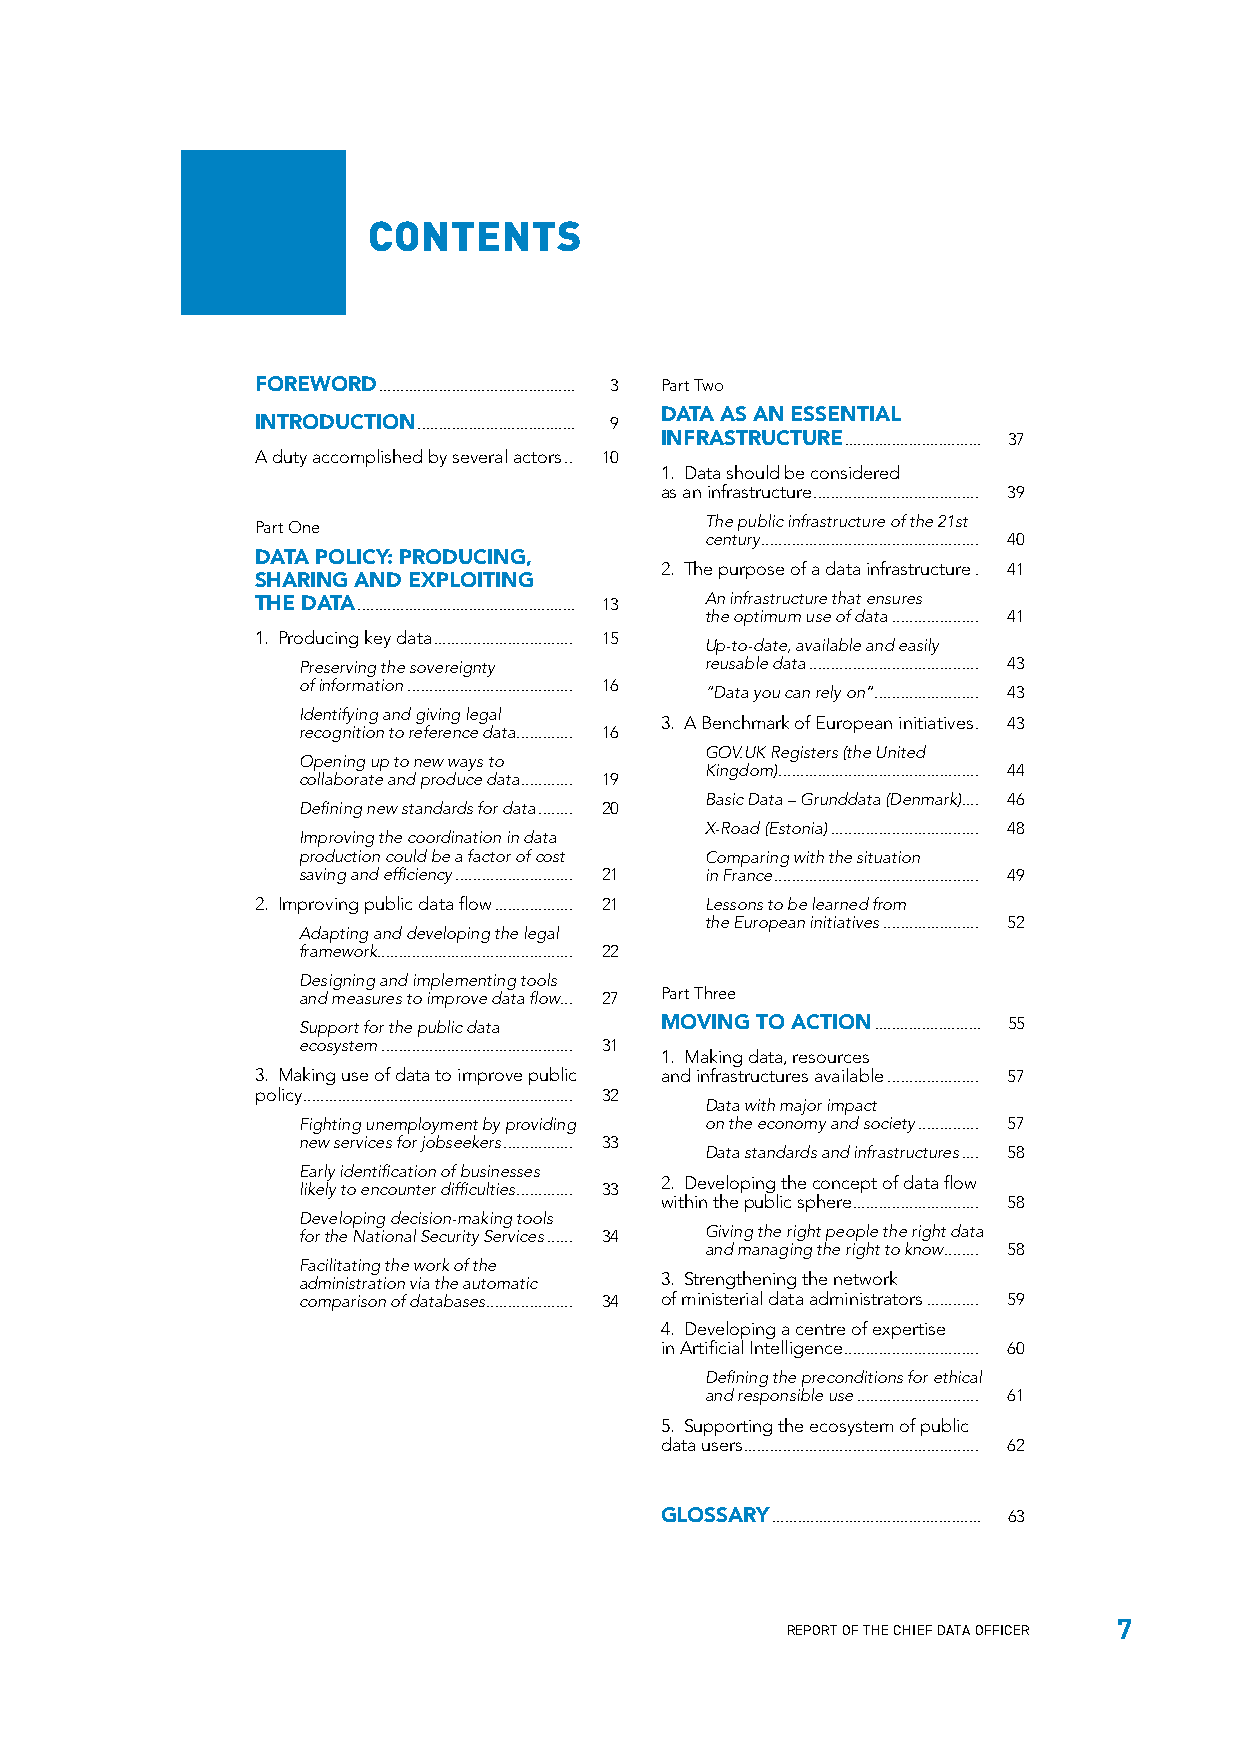
CONTENTS
 FOREWORD .............................................. 3 Part Two
 DATA AS AN ESSENTIAL
 INTRODUCTION ..................................... 9
 INFRASTRUCTURE ................................ 37
 A duty accomplished by several actors .. 10
 1. Data should be considered
 as an infrastructure ...................................... 39
 Part One                      The public infrastructure of the 21st
 century .................................................. 40
 DATA POLICY: PRODUCING,
 2. The purpose of a data infrastructure . 41
 SHARING AND EXPLOITING
 THE DATA ................................................... 13 An infrastructure that ensures
 the optimum use of data .................... 41
 1. Producing key data ................................ 15
 Up-to-date, available and easily
 Preserving the sovereignty reusable data ....................................... 43
 of information ...................................... 16
 “Data you can rely on” ........................ 43
 Identifying and giving legal
 3. A Benchmark of European initiatives . 43
 recognition to reference data ............. 16
 GOV.UK Registers (the United
 Opening up to new ways to
 Kingdom) .............................................. 44
 collaborate and produce data ............ 19
 Basic Data – Grunddata (Denmark) .... 46
 Defining new standards for data ........ 20
 X-Road (Estonia) .................................. 48
 Improving the coordination in data
 production could be a factor of cost Comparing with the situation
 saving and efficiency ........................... 21 in France ............................................... 49
 2. Improving public data flow .................. 21 Lessons to be learned from
 the European initiatives ...................... 52
 Adapting and developing the legal
 framework............................................. 22
 Designing and implementing tools
 and measures to improve data flow ... 27 Part Three
 Support for the public data MOVING TO ACTION ......................... 55
 ecosystem ............................................ 31
 1. Making data, resources
 3. Making use of data to improve public and infrastructures available ..................... 57
 policy .............................................................. 32
 Data with major impact
 Fighting unemployment by providing on the economy and society .............. 57
 new services for jobseekers ................ 33
 Data standards and infrastructures .... 58
 Early identification of businesses
 2. Developing the concept of data flow
 likely to encounter difficulties ............. 33
 within the public sphere ............................. 58
 Developing decision-making tools
 for the National Security Services ...... 34 Giving the right people the right data
 and managing the right to know ........ 58
 Facilitating the work of the
 administration via the automatic 3. Strengthening the network
 comparison of databases .................... 34 of ministerial data administrators ............ 59
 4. Developing a centre of expertise
 in Artificial Intelligence ............................... 60
 Defining the preconditions for ethical
 and responsible use ............................ 61
 5. Supporting the ecosystem of public
 data users ...................................................... 62
 GLOSSARY ................................................. 63
 7
 REPORT OF THE CHIEF DATA OFFICER